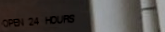
OPEN 24 HOURS